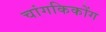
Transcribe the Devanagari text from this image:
चांगकिकोंग